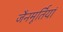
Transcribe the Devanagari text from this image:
जैनमूर्तियां